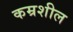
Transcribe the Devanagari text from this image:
कम्रशील